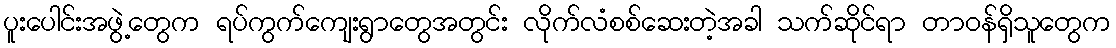
ပူးပေါင်းအဖွဲ့တွေက ရပ်ကွက်ကျေးရွာတွေအတွင်း လိုက်လံစစ်ဆေးတဲ့အခါ သက်ဆိုင်ရာ တာဝန်ရှိသူတွေက